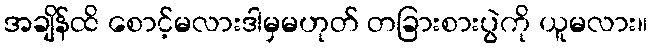
အချိန်ထိ စောင့်မလားဒါမှမဟုတ် တခြားစားပွဲကို ယူမလား။